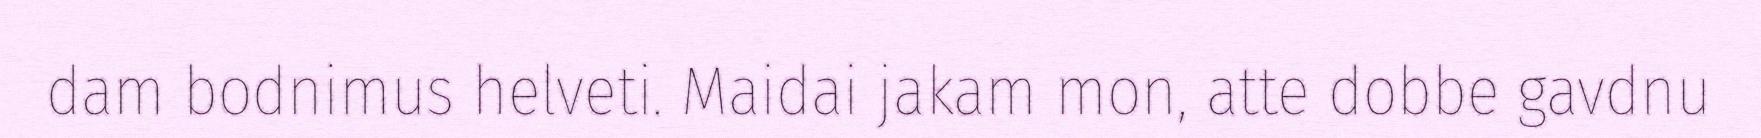
dam bodnimus helveti. Maidai jakam mon, atte dobbe gavdnu